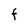
Character: F